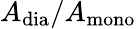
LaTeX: A_{\mathrm{{dia}}}/A_{\mathrm{{mono}}}